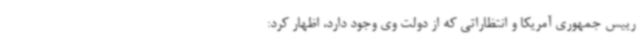
رییس جمهوری آمریکا و انتظاراتی که از دولت وی وجود دارد، اظهار کرد: